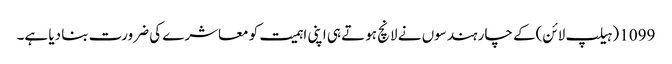
1099 (ہیلپ لائن)کے چار ہندسوں نے لانچ ہوتے ہی اپنی اہمیت کو معاشرے کی ضرورت بنا دیا ہے۔